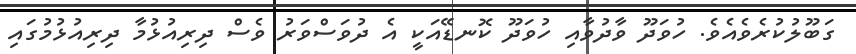
ގަބޫލުކުރެވެއެވެ. ހުވަދޫ ވާދުވާއި ހުވަދޫ ކޮނޑޭއަކީ އެ ދުވަސްވަރު ވެސް ދިރިއުޅުމާ ދިރިއުޅުމުގައި